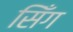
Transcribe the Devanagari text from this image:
सिँग